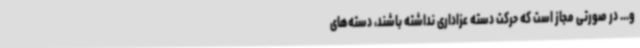
و... در صورتی مجاز است که حرکت دسته عزاداری نداشته باشند، دسته‌های